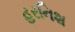
હરનિશ